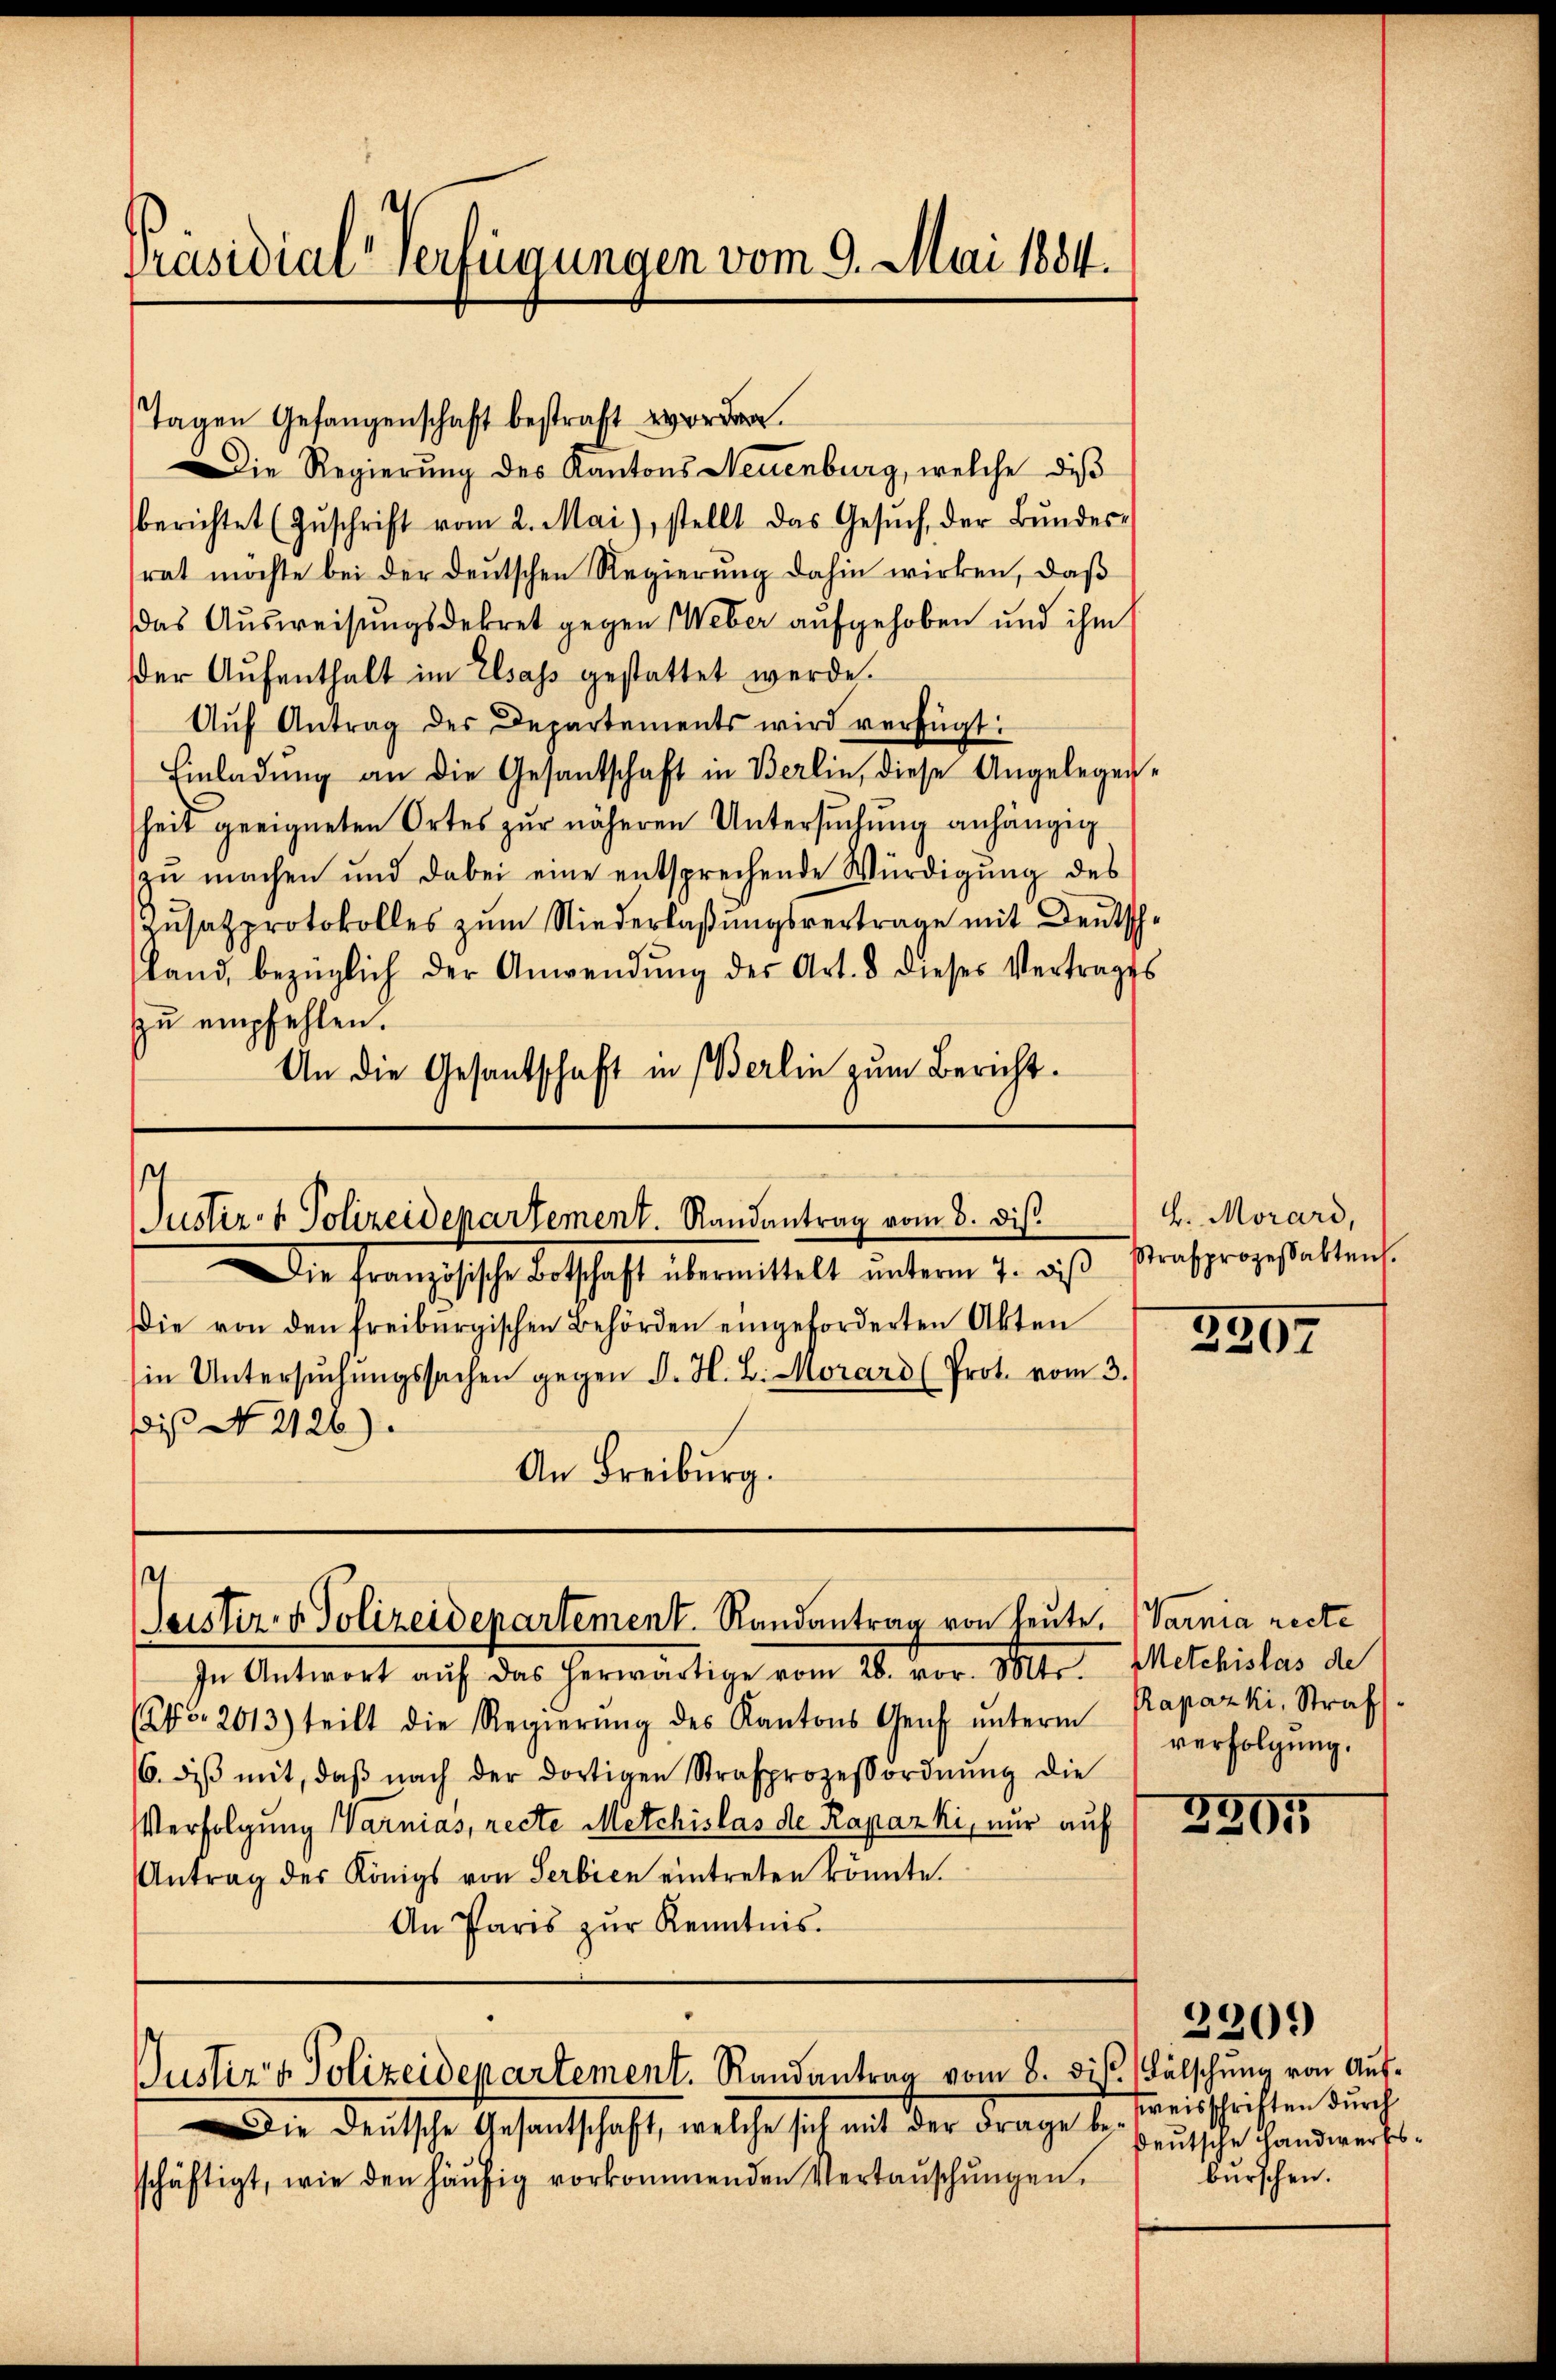
Präsidial-Verfügungen vom 9. Mai 1884.

Tagen Gefangenschaft bestraft worden.
Die Regierung des Kantons Neuenburg, welche dis
berichtet (Zŭschrift vom 2. Mai), stellt das Gesŭch, der Bŭndes-
rat möchte bei der deutschen Regierung dahin wirken, daß
das Ausweisungsdekret gegen Weber aufgehoben und ihm
der Aufenthalt im Elsass gestattet werde.
Aŭf Antrag des Departements wird verfügt:
Einladung an die Gesandschaft in Berlin, diese Angelegen-
heit geeigneten Ortes zur näheren Untersuchung anhängig
zu machen und dabei eine entsprechende Würdigung des
Zŭsatzprotokolles zŭm Niederlaβŭngsvertrage mit Deutsch-
land, bezüglich der Anwendŭng des Art. 8 dieses Vertrages
zu empfehlen.
An die Gesantschaft in Berlin zum Bericht¬

Die französische Botschaft übermittelt ŭnterm 7. dβ strafprogestattens
Die von den freiburgischen Behörden eingeforderten Akten
in Untersŭchŭngssachen gegen J. H. L. Morard (Prot. vom 3.
Dis No. 2126).
An Freiburg.

In Antwort auf das herwärtige vom 28. vor. Mts. Metchislas de
(No. 2013) teilt die Regierŭng des Kantons Genf ŭnterm Kapazki, Straf-
6. diβ mit, daβ nach der dortigen Strafprozessordnŭng die
Verfolgung Warnias, recte Metchislas de Rapazki, nur auf
Antrag der Königs von Serbien eintreten könnte.
An Paris zŭr Kenntnis.

t
Justiz- & Polizeidepartement. Randantrag vom 8. dis

4
Justiz- & Polizeidepartement. Randantrag von heute, Varnia recte

Justiz & Polizeidepartement. Randantrag vom 8. di s. Fälschung von Auf¬

Die Deutsche Gesantschaft, welche sich mit der Frage beschäftigt, wie den häŭfig vorkommenden Vertaŭschŭngen.

H. Morard,

2207

verfolgung.

3995

2201)
sreisschriften durch
deutsche Handwerksburschen.